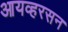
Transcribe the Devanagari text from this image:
आयव्हरसन